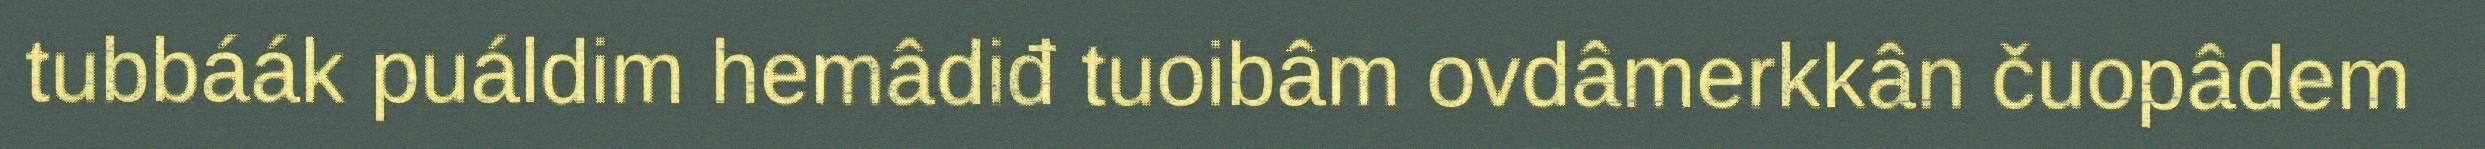
tubbáák puáldim hemâdiđ tuoibâm ovdâmerkkân čuopâdem